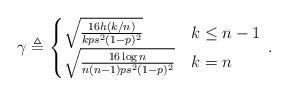
LaTeX: \begin{align*} \gamma \triangleq \begin{cases} \sqrt{\frac{16 h(k/n)}{k ps^2(1-p)^2}} & k \le n-1 \\ \sqrt{\frac{16 \log n}{n(n-1) ps^2(1-p)^2}} & k= n \end{cases} \, . \end{align*}